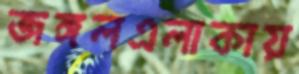
জঙ্গলএলাকায়